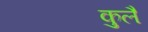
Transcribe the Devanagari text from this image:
कुलै